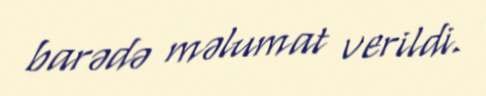
barədə məlumat verildi.